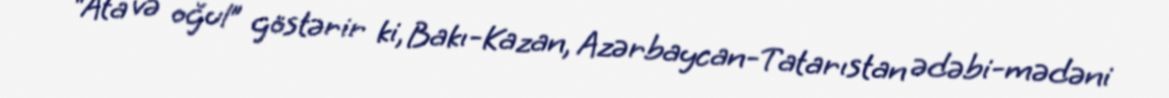
“Ata və oğul” göstərir ki, Bakı-Kazan, Azərbaycan-Tatarıstan ədəbi-mədəni